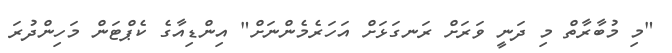
"މި މުބާރާތް މި ދަނީ ވަރަށް ރަނގަޅަށް އަހަރެމެންނަށް" އިންޑިއާގެ ކެޕްޓަން މަހިންދުރަ